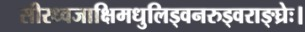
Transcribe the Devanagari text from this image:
सीरध्वजाक्षिमधुलिड्वनरुड्वराङ्घ्रेः।